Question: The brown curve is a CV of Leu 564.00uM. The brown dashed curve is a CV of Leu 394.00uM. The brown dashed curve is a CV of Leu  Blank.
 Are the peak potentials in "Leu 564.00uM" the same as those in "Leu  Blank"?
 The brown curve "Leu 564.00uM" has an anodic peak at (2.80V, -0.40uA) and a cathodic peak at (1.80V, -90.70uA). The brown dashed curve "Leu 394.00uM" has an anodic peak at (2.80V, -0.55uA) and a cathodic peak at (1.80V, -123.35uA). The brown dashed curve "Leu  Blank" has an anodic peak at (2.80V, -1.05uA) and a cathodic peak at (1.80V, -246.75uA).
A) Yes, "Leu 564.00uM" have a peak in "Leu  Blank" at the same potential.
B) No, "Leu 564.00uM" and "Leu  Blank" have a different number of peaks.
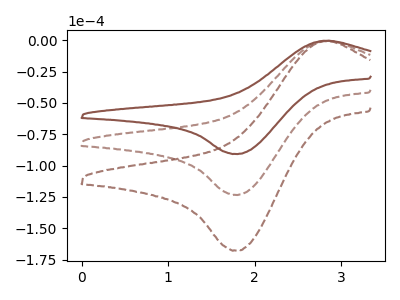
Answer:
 <answer>A) Yes, "Leu 564.00uM" have a peak in "Leu  Blank" at the same potential.</answer>
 <eval>A</eval>